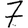
Digit: 7